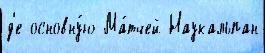
д'е основну́ю Ма́тчей Наукальпан